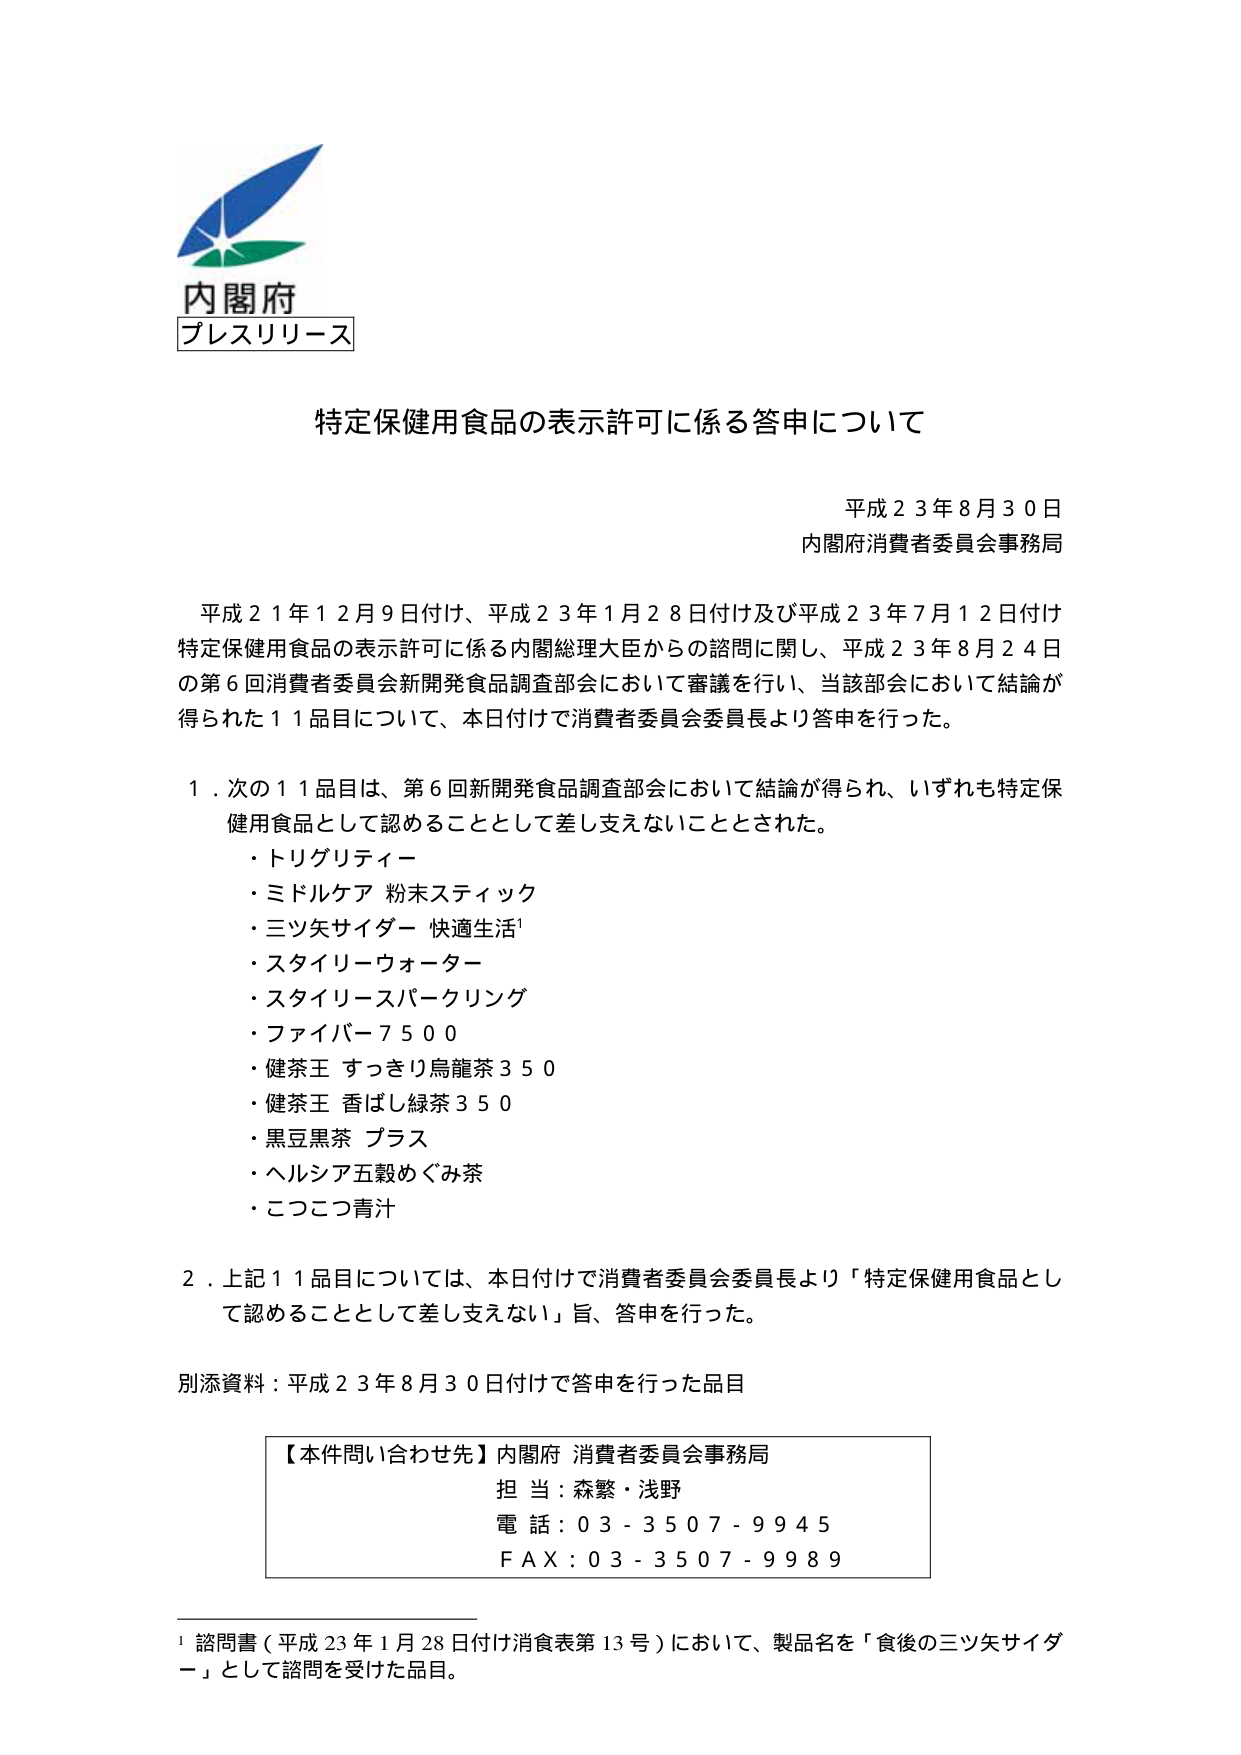
内閣府
プレスリリース

特定保健用食品の表示許可に係る答申について

平成２３年８月３０日
内閣府消費者委員会事務局

平成２１年１２月９日付け、平成２３年１月２８日付け及び平成２３年７月１２日付け
特定保健用食品の表示許可に係る内閣総理大臣からの諮問に関し、平成２３年８月２４日
の第６回消費者委員会新開発食品調査部会において審議を行い、当該部会において結論が
得られた１１品目について、本日付けで消費者委員会委員長より答申を行った。

１．次の１１品目は、第６回新開発食品調査部会において結論が得られ、いずれも特定保
健用食品として認めることとして差し支えないこととされた。
・トリグリティーア
・ミドルケア 粉末スティック
・三ツ矢サイダー 快適生活¹
・スタイリーウォーター
・スタイリースパークリング
・ファイバー７５００
・健茶王 すっきり烏龍茶３５０
・健茶王 香ばし緑茶３５０
・黒豆黒茶 プラス
・ヘルシア五穀めぐみ茶
・こつこつ青汁

２．上記１１品目については、本日付けで消費者委員会委員長より「特定保健用食品とし
て認めることとして差し支えない」旨、答申を行った。

別添資料：平成２３年８月３０日付けで答申を行った品目

【本件問い合わせ先】内閣府 消費者委員会事務局
担当：森繁・浅野
電話：０３－３５０７－９９４５
ＦＡＸ：０３－３５０７－９９８９

¹ 諮問書（平成２３年１月２８日付け消食表第１３号）において、製品名を「食後の三ツ矢サイダー」として諮問を受けた品目。